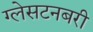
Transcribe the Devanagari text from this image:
ग्लेसटनबरी